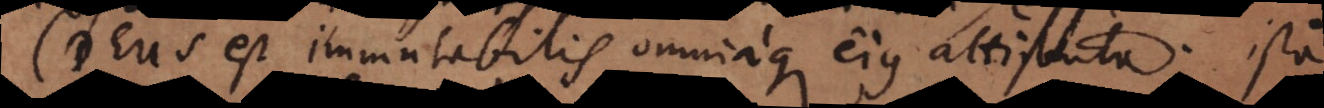
Deus est immutabilis omniaque eius attributa. Ista